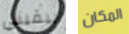
يبقيني المكان